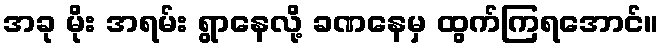
အခု မိုး အရမ်း ရွာနေလို့ ခဏနေမှ ထွက်ကြရအောင်။